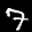
Label: 7